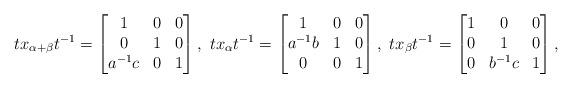
LaTeX: \begin{align*} tx_{\alpha+\beta}t^{-1}= \begin{bmatrix} 1 & 0 & 0\\ 0 & 1& 0\\ a^{-1}c & 0 & 1\end{bmatrix}, \ tx_{\alpha}t^{-1}= \begin{bmatrix} 1 & 0 & 0\\ a^{-1}b & 1& 0\\ 0 & 0 & 1\end{bmatrix}, \ tx_{\beta}t^{-1}= \begin{bmatrix} 1 & 0 & 0\\ 0 & 1& 0\\ 0 & b^{-1}c & 1\end{bmatrix},\end{align*}